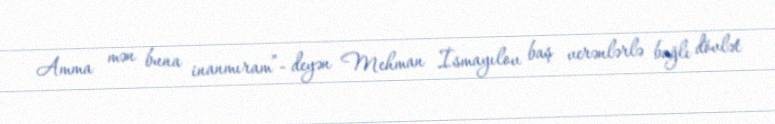
Amma mən buna inanmıram”- deyən Mehman İsmayılov baş verənlərlə bağlı dövlət